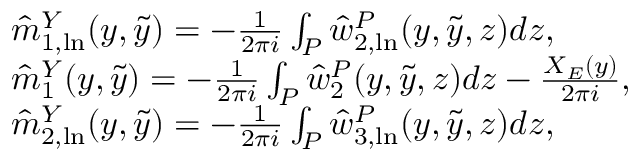
\begin{array} { r l } & { \hat { m } _ { 1 , \ln } ^ { Y } ( y , \tilde { y } ) = - \frac { 1 } { 2 \pi i } \int _ { P } \hat { w } _ { 2 , \ln } ^ { P } ( y , \tilde { y } , z ) d z , } \\ & { \hat { m } _ { 1 } ^ { Y } ( y , \tilde { y } ) = - \frac { 1 } { 2 \pi i } \int _ { P } \hat { w } _ { 2 } ^ { P } ( y , \tilde { y } , z ) d z - \frac { X _ { E } ( y ) } { 2 \pi i } , } \\ & { \hat { m } _ { 2 , \ln } ^ { Y } ( y , \tilde { y } ) = - \frac { 1 } { 2 \pi i } \int _ { P } \hat { w } _ { 3 , \ln } ^ { P } ( y , \tilde { y } , z ) d z , } \end{array}